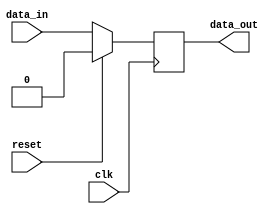
module sequential_logic (
    input wire clk,
    input wire reset,
    input wire data_in,
    output reg data_out
);

always @ (posedge clk) begin
    if (reset) begin
        data_out <= 1'b0;
    end else begin
        data_out <= data_in;
    end
end

endmodule